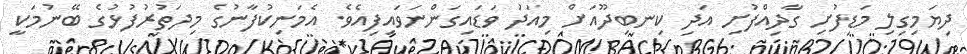
ދިޔަމިގިލި މަޑިފުށި ގާދިއްފުށި އަދި ކިނބިދޫއަށް މިއަދު ވަޑައިގަންނަވައިފިއެވެ. އެމަނިކުފާނުގެ މިދަތުރުފުޅުގެ ބޭނުމަކީ